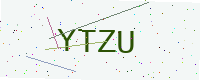
Text: YTZU